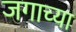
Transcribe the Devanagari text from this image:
जगाच्‍या